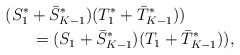
\begin{align*}(S_{1}^*+\bar{S}_{K-1}^*)(T_1^*+\bar{T}_{K-1}^*))\quad\quad\quad\\= (S_{1}+\bar{S}_{K-1}^*)(T_1+\bar{T}_{K-1}^*)),\end{align*}